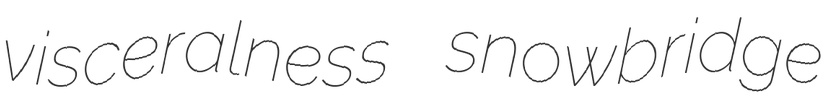
visceralness snowbridge